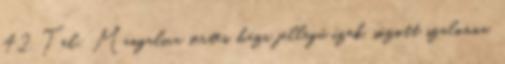
42. Tel: Mangalica sertés, házi jellegû ízek, sózott szalonna,